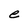
Character: e